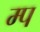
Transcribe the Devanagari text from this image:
म्प